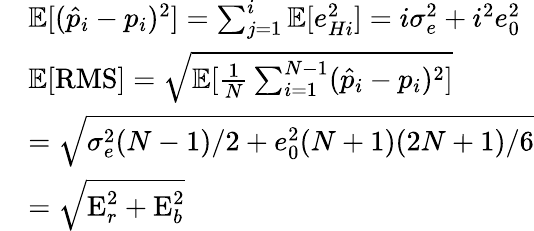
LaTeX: \begin{array}{rl}&{\mathbb{E}[(\hat{p}_{i}-p_{i})^{2}]=\sum_{j=1}^{i}\mathbb{E}[e_{Hi}^{2}]=i\sigma_{e}^{2}+i^{2}e_{0}^{2}}\\ &{\mathbb{E}[\textrm{RMS}]=\sqrt{\mathbb{E}[\frac{1}{N}\sum_{i=1}^{N-1}(\hat{p}_{i}-p_{i})^{2}]}}\\ &{=\sqrt{\sigma_{e}^{2}(N-1)/2+e_{0}^{2}(N+1)(2N+1)/6}}\\ &{=\sqrt{\textrm{E}_{r}^{2}+\textrm{E}_{b}^{2}}}\end{array}